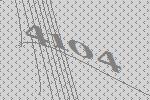
4104